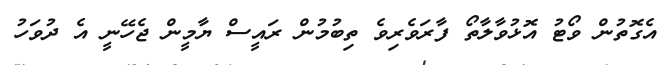
އެގޮތުން ވޯޓު އޮޅުވާލާތޯ ފާރަވެރިވެ ތިބުމުން ރައީސް ޔާމީން ޖެހޭނީ އެ ދުވަހު